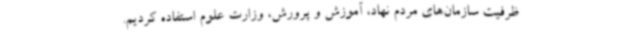
ظرفیت سازمان‌های مردم نهاد، آموزش و پرورش، وزارت علوم استفاده کردیم.